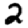
Digit: 2